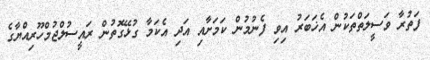
ފަތުރާ ވަސީލަތްތަކުން އެޚަބަރު އިވި ފެނުމުން ކަމަށާއި އަދި އެކަމާ ގުޅޭގޮތުން ރައީސުލްޖުމްހޫރިއްޔާގެ